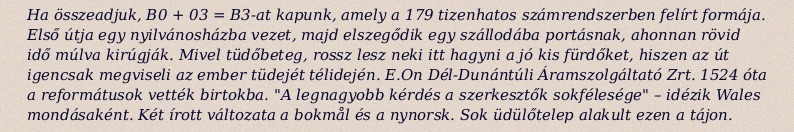
Ha összeadjuk, B0 + 03 = B3-at kapunk, amely a 179 tizenhatos számrendszerben felírt formája. Első útja egy nyilvánosházba vezet, majd elszegődik egy szállodába portásnak, ahonnan rövid idő múlva kirúgják. Mivel tüdőbeteg, rossz lesz neki itt hagyni a jó kis fürdőket, hiszen az út igencsak megviseli az ember tüdejét télidején. E.On Dél-Dunántúli Áramszolgáltató Zrt. 1524 óta a reformátusok vették birtokba. "A legnagyobb kérdés a szerkesztők sokfélesége" – idézik Wales mondásaként. Két írott változata a bokmål és a nynorsk. Sok üdülőtelep alakult ezen a tájon.